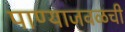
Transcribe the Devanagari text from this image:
पाण्याजवळची